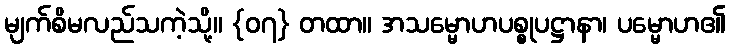
မျက်စိမလည်သကဲ့သို့။ {၀၇} တထာ။ အသမ္မောဟပစ္စုပဋ္ဌာနာ၊ ပမ္မောဟ၏